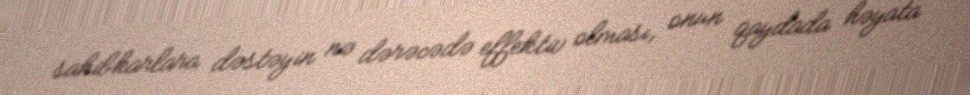
sahibkarlara dəstəyin nə dərəcədə effektiv olması, onun qaydada həyata